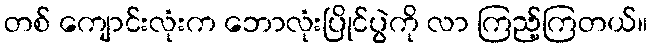
တစ် ကျောင်းလုံးက ဘောလုံးပြိုင်ပွဲကို လာ ကြည့်ကြတယ်။